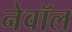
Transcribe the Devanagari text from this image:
नेवॉल